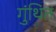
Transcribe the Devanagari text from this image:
गुंथित